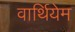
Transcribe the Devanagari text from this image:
वार्थियेम